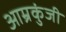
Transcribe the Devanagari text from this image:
आम्रकुंजी